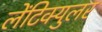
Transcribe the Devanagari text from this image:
लेंटिक्युलर